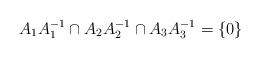
LaTeX: \begin{align*}A_1 A_1^{-1} \cap A_2 A_2^{-1} \cap A_3 A_3^{-1} = \{0\} \end{align*}